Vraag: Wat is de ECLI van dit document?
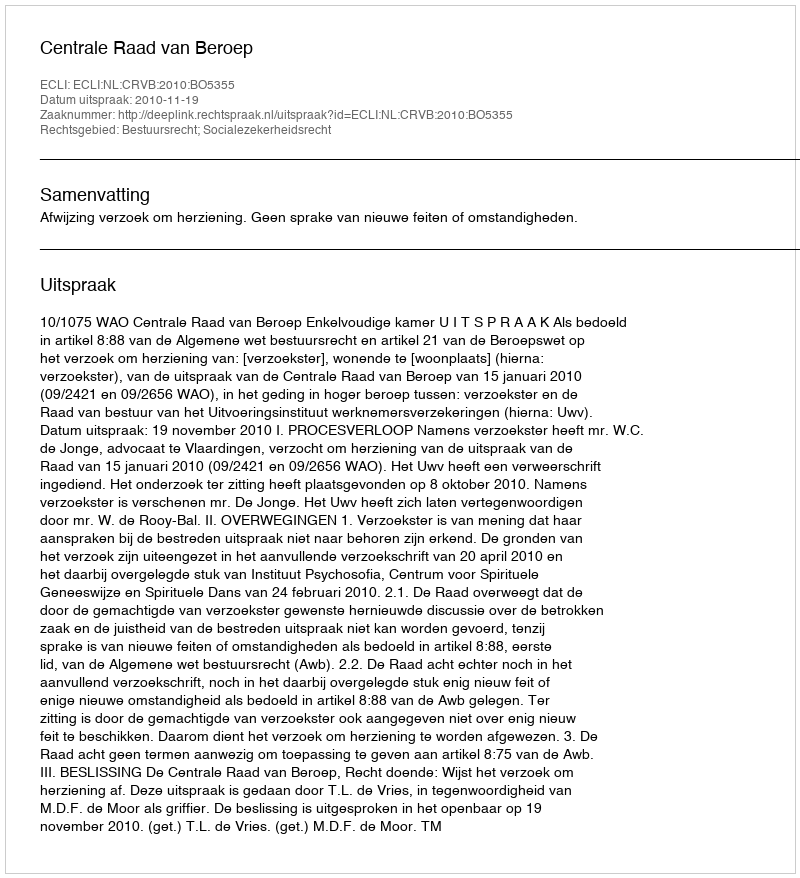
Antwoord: ECLI:NL:CRVB:2010:BO5355